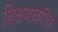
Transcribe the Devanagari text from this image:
शिक्षणाकरितां